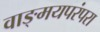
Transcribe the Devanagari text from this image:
वाङ्मयपरंपरा